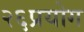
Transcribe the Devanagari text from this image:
२६प्रयोग